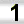
Digit: 1